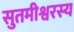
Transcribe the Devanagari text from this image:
सुतमीश्वरस्य